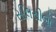
સીલસીલો